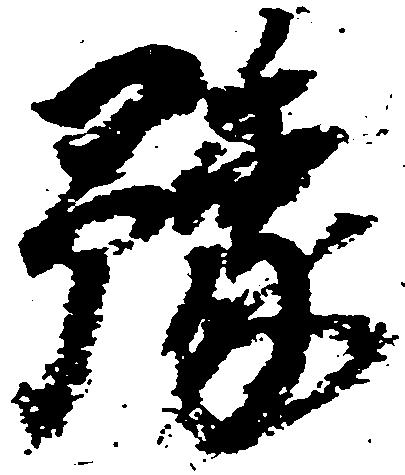
予